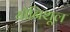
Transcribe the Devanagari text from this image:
योनिशूल